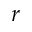
r